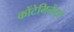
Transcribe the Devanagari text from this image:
कोंटेमिनेंट्स